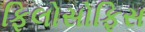
ફિલોસોફિસ